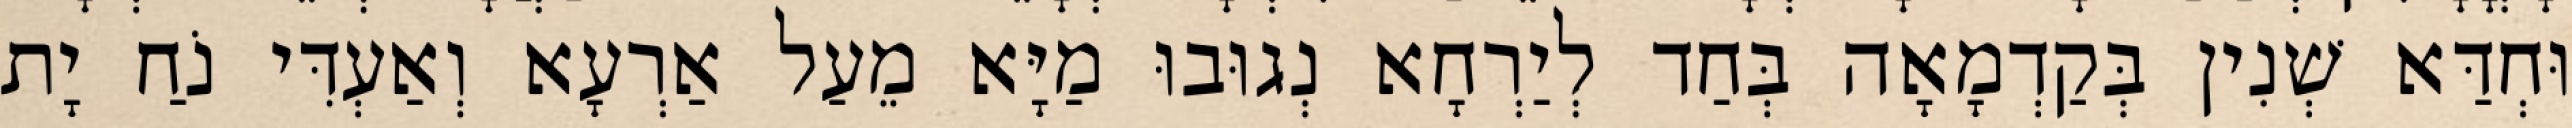
וּחְדַּא שְׁנִין בְּקַדְמָאָה בְּחַד לְיַרְחָא נְגוּבוּ מַיָּא מֵעַל אַרְעָא וְאַעְדִּי נֹחַ יָת